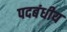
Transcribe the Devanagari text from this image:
पदबंधीय